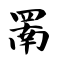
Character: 罱